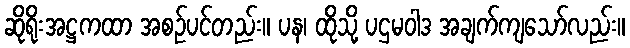
ဆိုရိုးအဋ္ဌကထာ အစဉ်ပင်တည်း။ ပန၊ ထိုသို့ ပဌမဝါဒ အချက်ကျသော်လည်း။